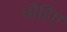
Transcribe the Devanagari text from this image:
पोहिए